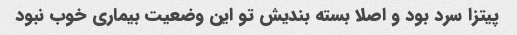
پیتزا سرد بود و اصلا بسته بندیش تو این وضعیت بیماری خوب نبود